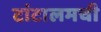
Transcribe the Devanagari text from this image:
टांटालमची